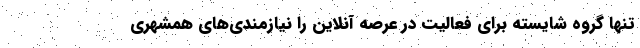
تنها گروه شایسته برای فعالیت در عرصه آنلاین را نیازمندی‌های همشهری